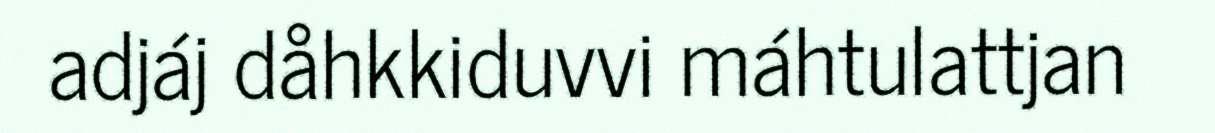
adjáj dåhkkiduvvi máhtulattjan